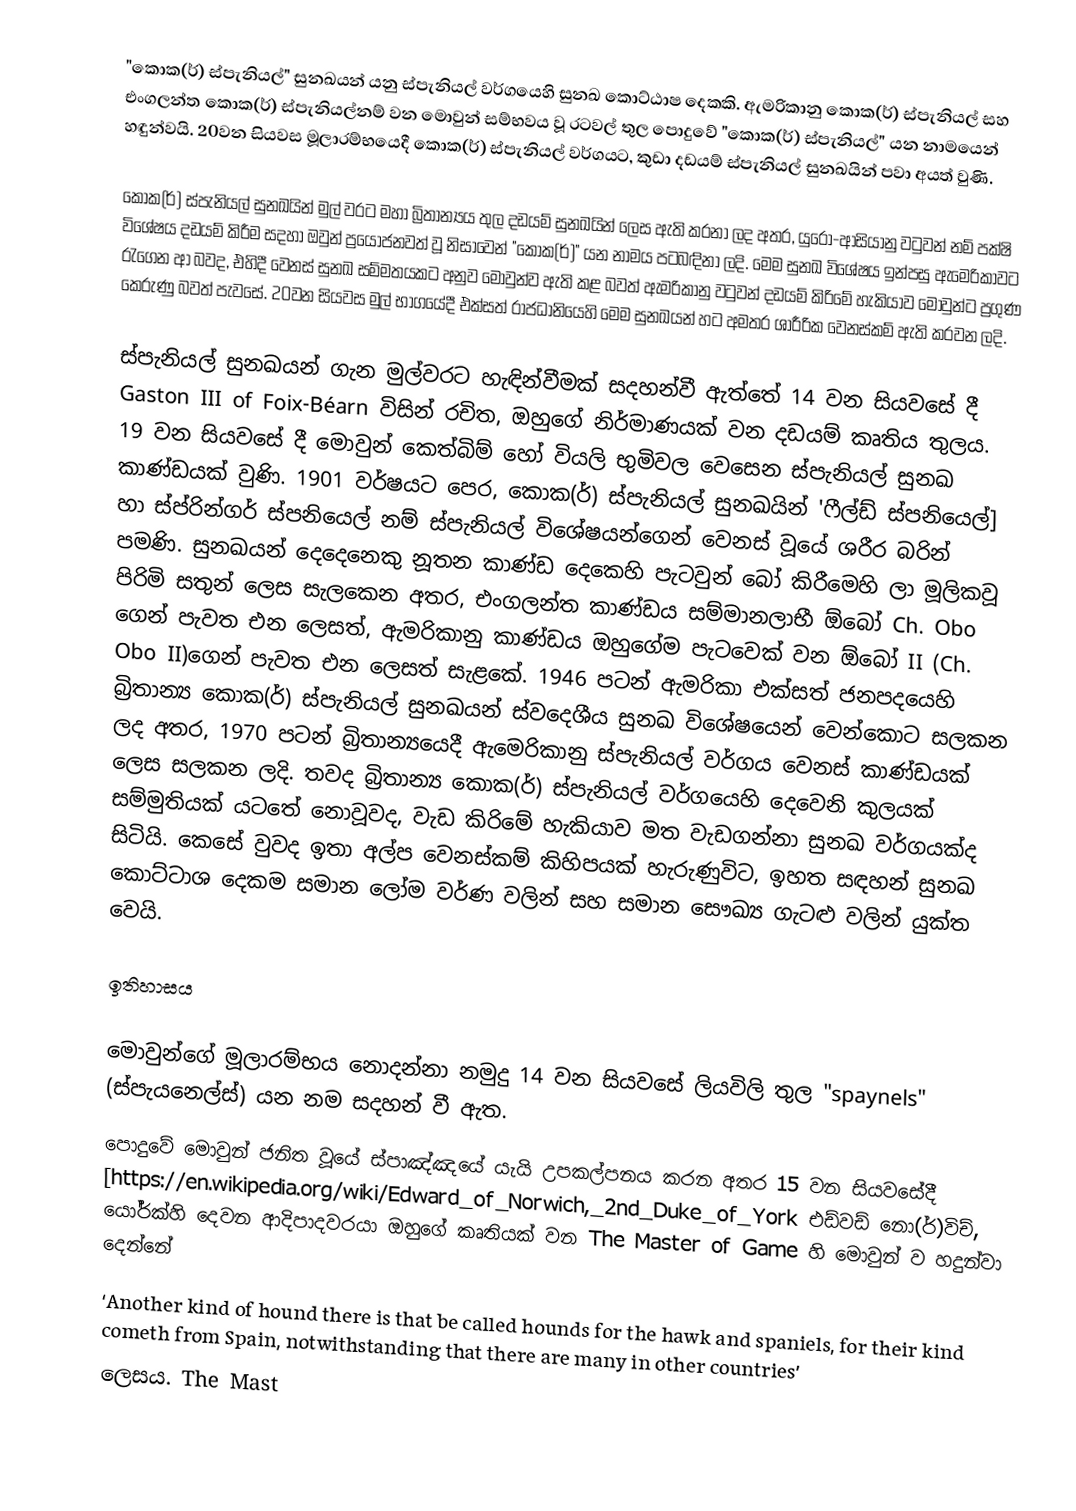
"කොක(ර්) ස්පැනියල්" සුනඛයන් යනු ස්පැනියල් වර්ගයෙහි සුනඛ කොට්ඨාෂ දෙකකි. ඇමරිකානු කොක(ර්) ස්පැනියල් සහ එංගලන්ත කොක(ර්) ස්පැනියල්නම් වන මොවුන් සම්භවය වූ රටවල් තුල පොදුවේ "කොක(ර්) ස්පැනියල්" යන නාමයෙන් හඳුන්වයි. 20වන සියවස මූලාරම්භයෙදී කොක(ර්) ස්පැනියල් වර්ගයට, කුඩා දඩයම් ස්පැනියල් සුනඛයින් පවා අයත් වුණි.

කොක(ර්) ස්පැනියල් සුනඛයින් මුල් වරට මහා බ්‍රිතාන්‍යය තුල දඩයම් සුනඛයින් ලෙස ඇති කරනා ලද අතර, යුරෝ-ආසියානු වටුවන් නම් පක්ෂි විශේෂය දඩයම් කිරීම සදහා ඔවුන් ප්‍රයෝජනවත් වූ නිසාවෙන් "කොක(ර්)" යන නාමය පටබඳිනා ලදි. මෙම සුනඛ විශේෂය ඉන්පසු ඇමෙරිකාවට රැගෙන ආ බවද, එහිදී වෙනස් සුනඛ සම්මතයකට අනුව මොවුන්ව ඇති කළ බවත් ඇමරිකානු වටුවන් දඩයම් කිරිමේ හැකියාව මොවුන්ට ප්‍රගුණ කෙරුණු බවත් පැවසේ. 20වන සියවස මුල් භාගයේදී එක්සත් රාජධානියෙහි මෙම සුනඛයන් හට අමතර ශාරීරික වෙනස්කම් ඇති කරවන ලදි.

ස්පැනියල් සුනඛයන් ගැන මුල්වරට හැඳින්වීමක් සදහන්වී ඇත්තේ 14 වන සියවසේ දී Gaston III of Foix-Béarn විසින් රචිත, ඔහුගේ නිර්මාණයක් වන දඩයම් කෘතිය තුලය. 19 වන සියවසේ දී  මොවුන් කෙත්බිම් හෝ වියලි භුමිවල වෙසෙන ස්පැනියල් සුනඛ කාණ්ඩයක් වුණි. 1901 වර්ෂයට පෙර, කොක(ර්) ස්පැනියල් සුනඛයින් 'ෆීල්ඩ් ස්පනියෙල්] හා  ස්ප්රින්ගර් ස්පනියෙල් නම් ස්පැනියල් විශේෂයන්ගෙන් වෙනස් වූයේ ශරීර බරින් පමණි. සුනඛයන් දෙදෙනෙකු නූතන කාණ්ඩ දෙකෙහි පැටවුන් බෝ කිරීමෙහි ලා මූලිකවූ  පිරිමි සතුන් ලෙස සැලකෙන අතර, එංගලන්ත කාණ්ඩය සම්මානලාභී ඕබෝ Ch. Obo ගෙන් පැවත එන ලෙසත්, ඇමරිකානු කාණ්ඩය ඔහුගේම පැටවෙක් වන ඕබෝ II (Ch. Obo II)ගෙන් පැවත එන ලෙසත් සැළකේ. 1946 පටන් ඇමරිකා එක්සත් ජනපදයෙහි බ්‍රිතාන්‍ය කොක(ර්) ස්පැනියල් සුනඛයන් ස්වදෙශීය සුනඛ විශේෂයෙන් වෙන්කොට සලකන ලද අතර, 1970 පටන් බ්‍රිතාන්‍යයෙදී ඇමෙරිකානු ස්පැනියල් වර්ගය වෙනස් කාණ්ඩයක් ලෙස සලකන ලදි. තවද බ්‍රිතාන්‍ය කොක(ර්) ස්පැනියල් වර්ගයෙහි දෙවෙනි කුලයක් සම්මුතියක් යටතේ නොවූවද, වැඩ කිරිමේ හැකියාව මත වැඩගන්නා සුනඛ වර්ගයක්ද සිටියි. කෙසේ වුවද ඉතා අල්ප වෙනස්කම් කිහිපයක් හැරුණුවිට, ඉහත සඳහන් සුනඛ කොට්ටාශ දෙකම සමාන ලෝම වර්ණ වලින් සහ සමාන සෞඛ්‍ය ගැටළු වලින් යුක්ත වෙයි.

ඉතිහාසය

මොවුන්ගේ මූලාරම්භය නොදන්නා නමුදු 14 වන සියවසේ ලියවිලි තුල "spaynels" (ස්පැයනෙල්ස්) යන නම සදහන් වී ඇත.
පොදුවේ මොවුන් ජනිත වූයේ ස්පාඤ්ඤයේ යැයි උපකල්පනය කරන අතර 15 වන සියවසේදී [https://en.wikipedia.org/wiki/Edward_of_Norwich,_2nd_Duke_of_York එඩ්වඩ් නො(ර්)විච්, යෝර්ක්හි දෙවන ආදිපාදවරයා ඔහුගේ කෘතියක් වන The Master of Game හි මොවුන් ව හදුන්වා දෙන්නේ
 ‘Another kind of hound there is that be called hounds for the hawk and spaniels, for their kind cometh from Spain, notwithstanding that there are many in other countries’
ලෙසය. The Mast